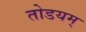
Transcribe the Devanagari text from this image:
तोडयम्